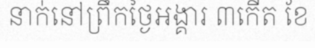
នាក់នៅព្រឹកថ្ងៃអង្គារ ៣កើត ខែ